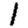
Digit: 1